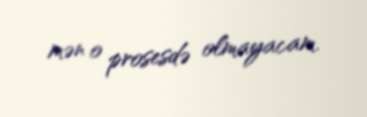
mən o prosesdə olmayacam.